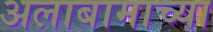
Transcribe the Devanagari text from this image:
अलाबामाच्या